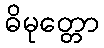
ဓိမုတ္တော